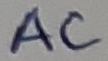
Text: AC